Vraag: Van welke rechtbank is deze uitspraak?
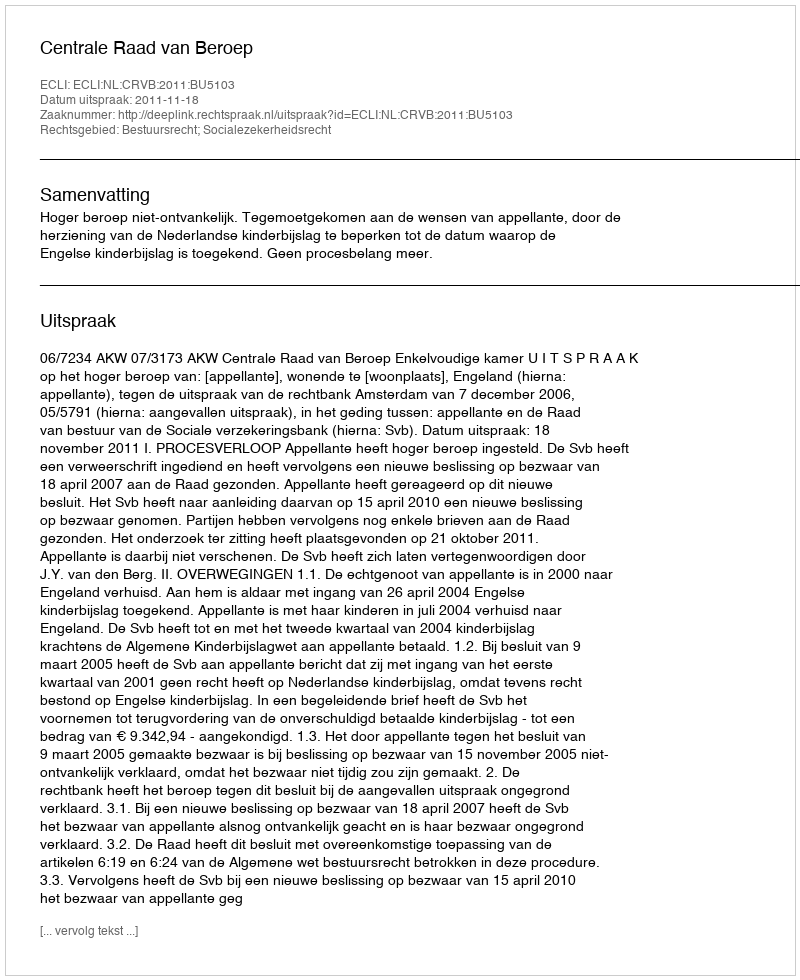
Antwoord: Centrale Raad van Beroep